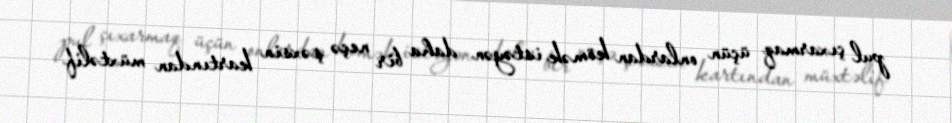
pul çıxarmaq üçün onlardan kömək istəyən daha bir neçə şəxsin kartından müxtəlif